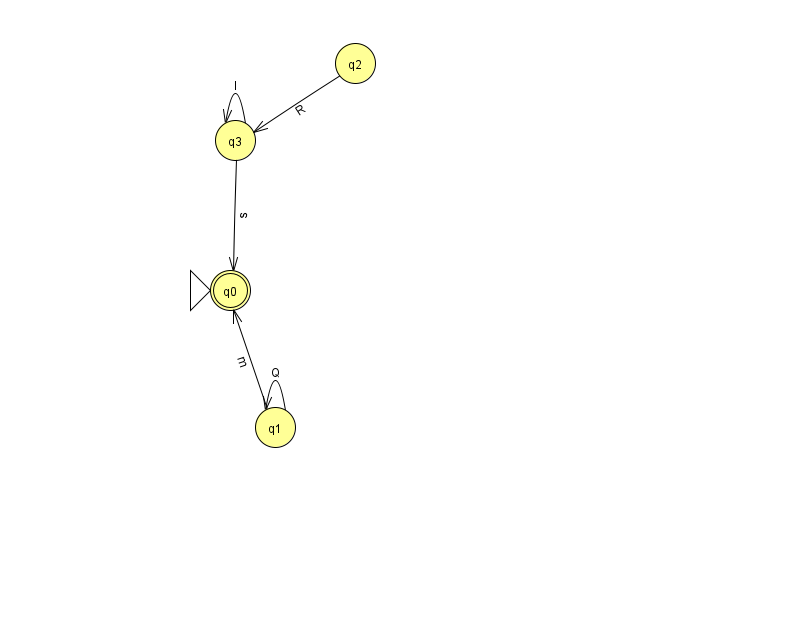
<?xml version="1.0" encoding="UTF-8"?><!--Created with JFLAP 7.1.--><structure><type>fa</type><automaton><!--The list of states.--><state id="0" name="q0"><x>230.0</x><y>277.0</y><initial/><final/></state><state id="1" name="q1"><x>275.0</x><y>414.0</y></state><state id="2" name="q2"><x>355.0</x><y>50.0</y></state><state id="3" name="q3"><x>235.0</x><y>127.0</y></state><!--The list of transitions.--><transition><from>1</from><to>1</to><read>Q</read></transition><transition><from>3</from><to>0</to><read>s</read></transition><transition><from>3</from><to>3</to><read>I</read></transition><transition><from>2</from><to>3</to><read>R</read></transition><transition><from>1</from><to>0</to><read>m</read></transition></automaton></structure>